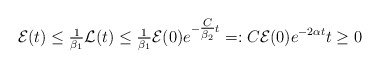
\begin{align*}\mathcal{E}(t) \leq \tfrac{1}{\beta_{1}} \mathcal{L}(t) \leq\tfrac{1}{\beta_{1}} \mathcal{E}(0) e^{-\tfrac{C}{\beta_{2}} t}=: C \mathcal{E}(0) e^{-2 \alpha t} t \geq 0 \end{align*}